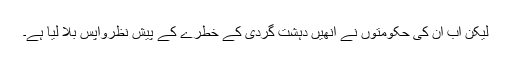
لیکن اب ان کی حکومتوں نے انھیں دہشت گردی کے خطرے کے پیشِ نظرواپس بلا لیا ہے۔